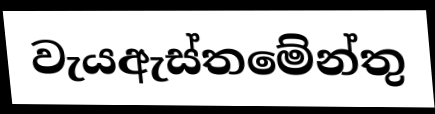
වැයඇස්තමේන්තු